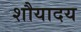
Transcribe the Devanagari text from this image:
शौयादय